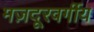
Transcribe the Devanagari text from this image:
मज़दूरवर्गीय